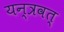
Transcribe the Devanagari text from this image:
यन्त्रवत्